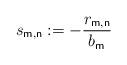
LaTeX: \begin{align*}s_{\mathsf{m,n}}:=-\frac{r_{\mathsf{m,n}}}{b_{\mathsf{m}}}\end{align*}